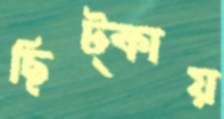
ছিট্‌কায়